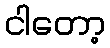
ငါတော့